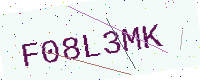
Text: F08L3MK